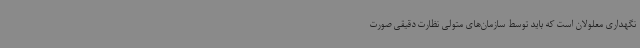
نگهداری معلولان است که باید توسط سازمان‌های متولی نظارت دقیقی صورت